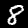
Digit: 8